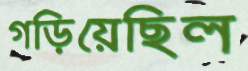
গড়িয়েছিল